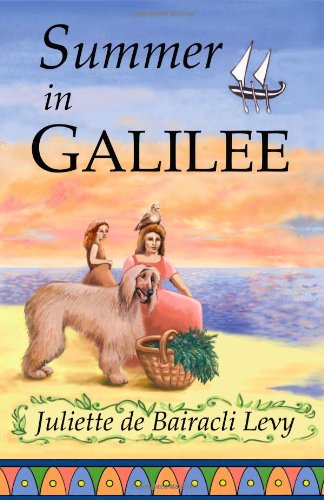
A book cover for Summer in GALILEE; Juliette de Bairacli Levy; Travel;